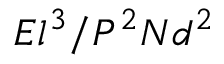
E l ^ { 3 } / P ^ { 2 } N d ^ { 2 }